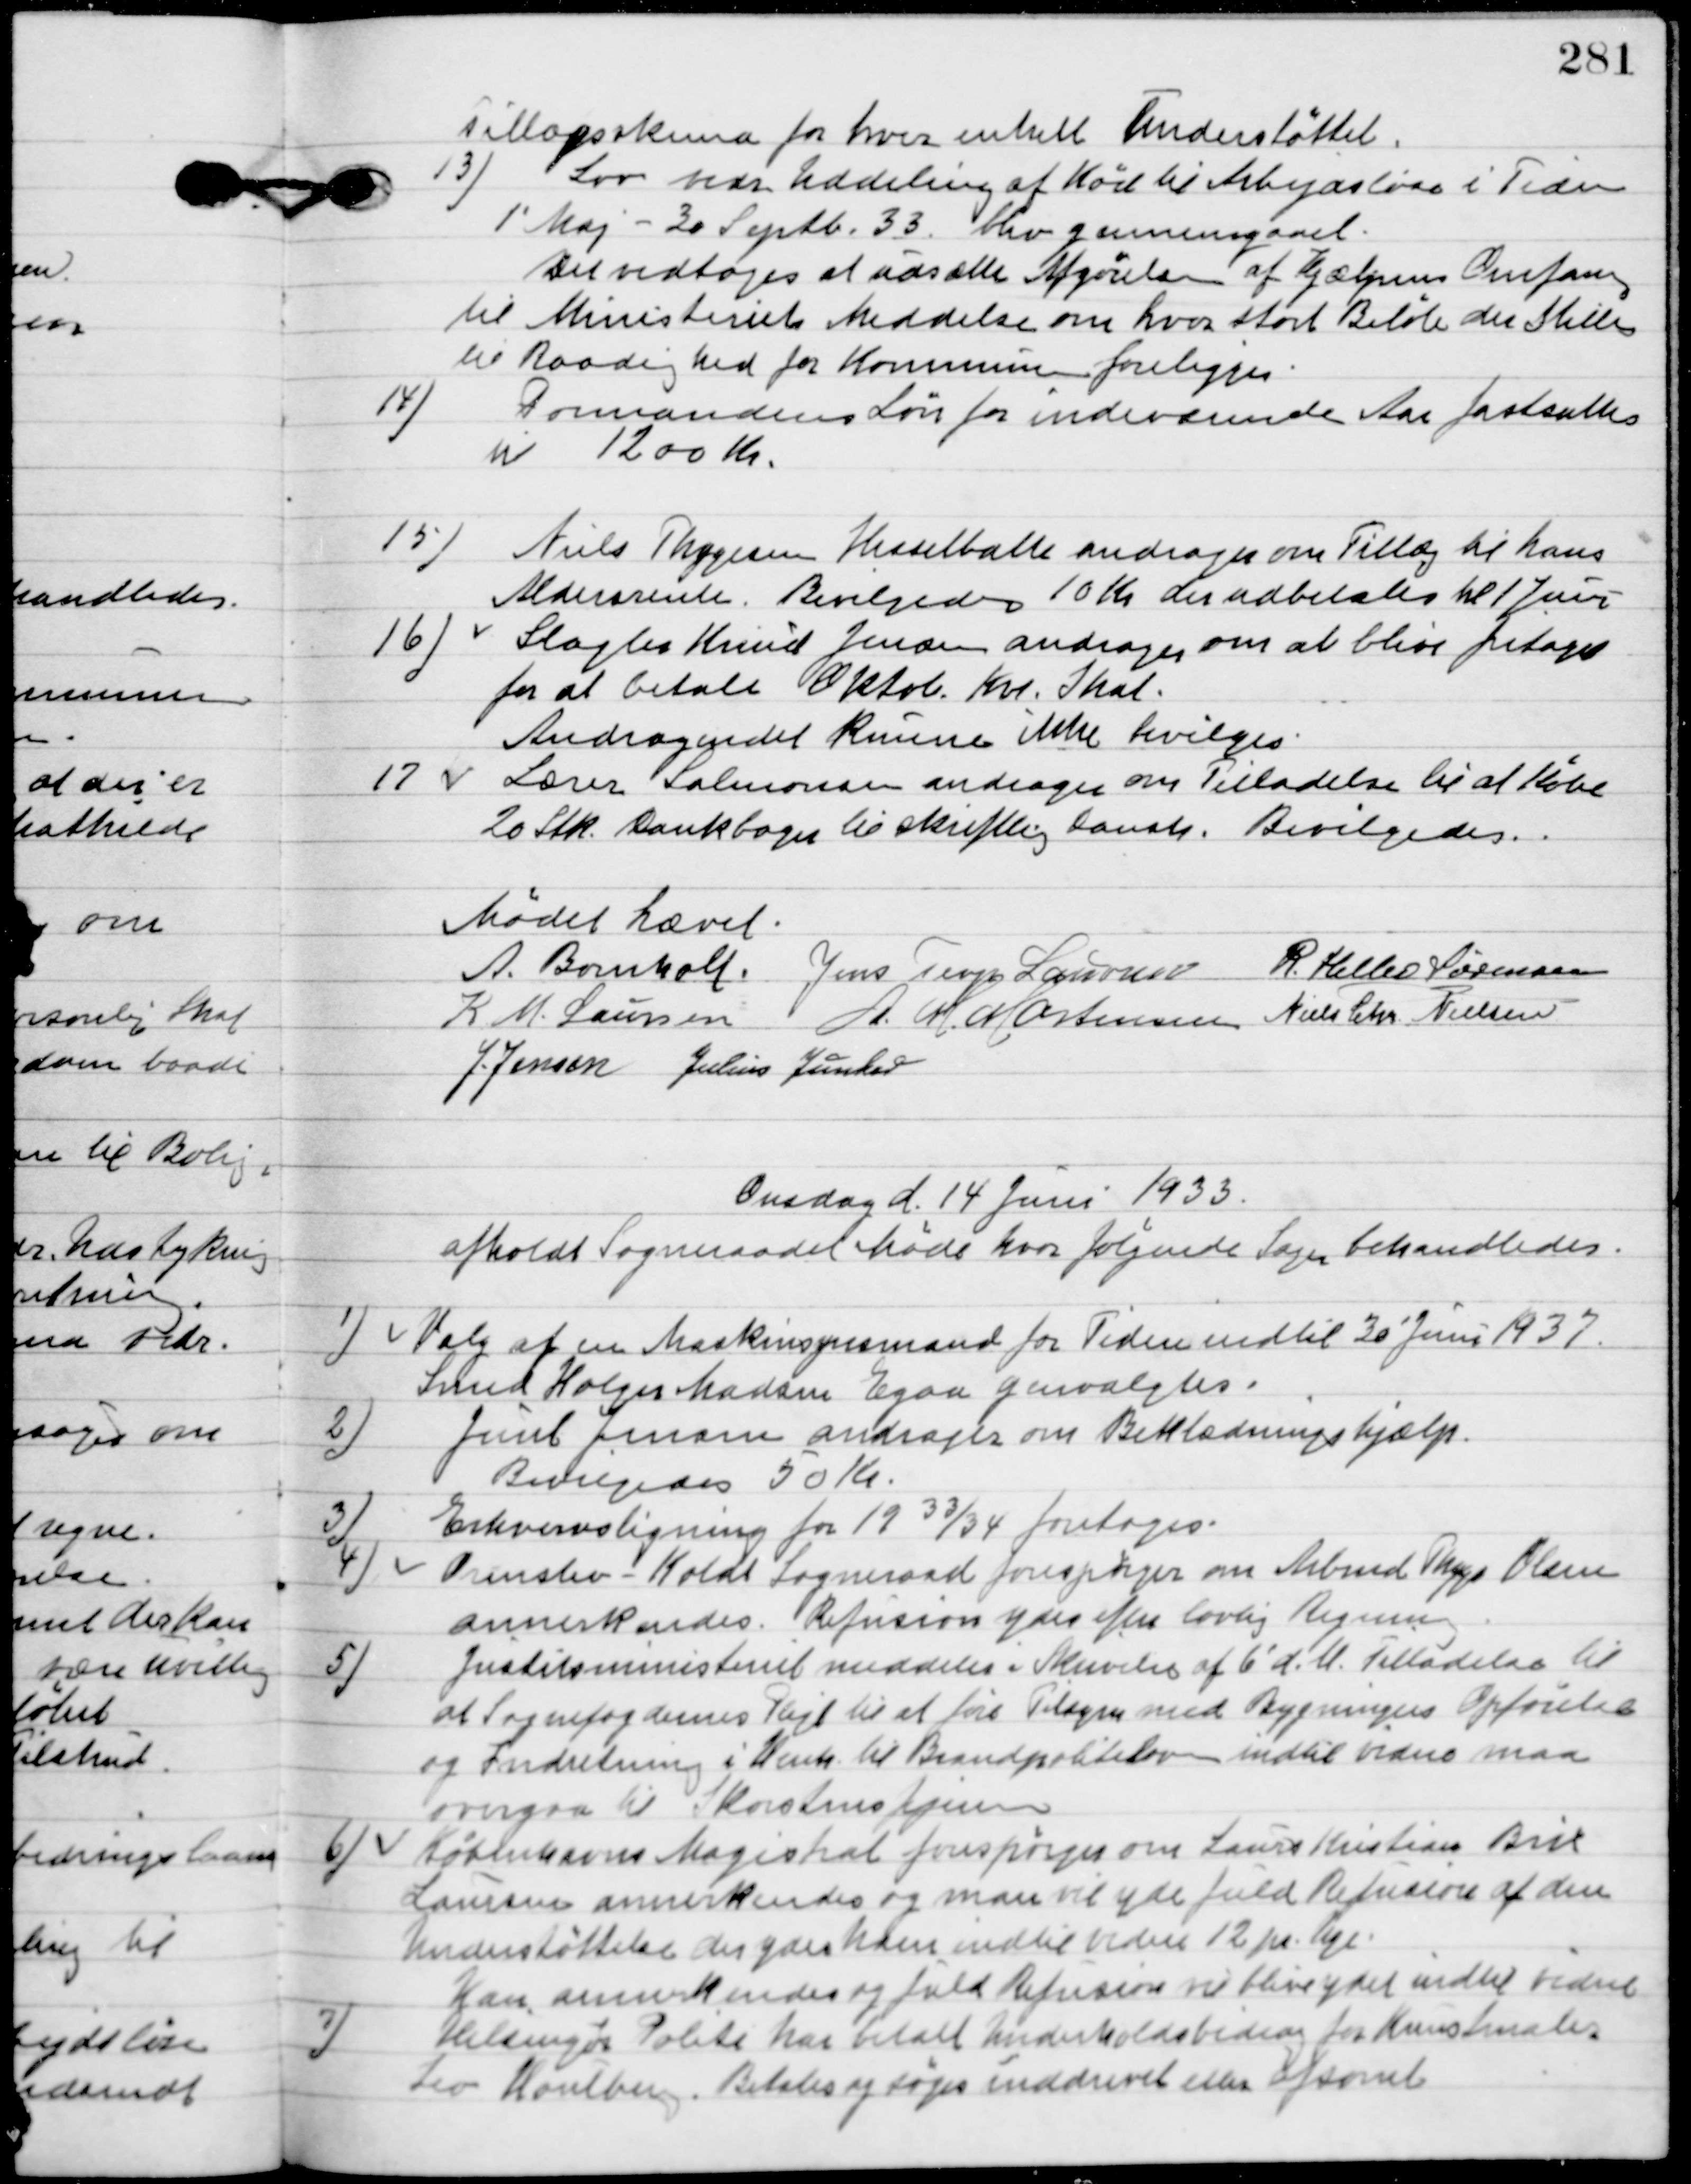
Transskription:
Villaskema for hver enkelt Understøttet.

13

Lov vedr. Uddeling af Kød til Arbejdsløse i Tiden
1´Maj-30 Septb. 33. blev gennemgaaet.
Det vedtoges at udsætte Afgørelsen af Hjælpens Omfang
til Ministeriets Meddelelse om hvor stort Beløb der Stilles
til Raadighed for Kommunen foreligger.

14

Domsmandens Løn for indeværende Aar fastsættes
til 1200 Kr.

15

Niels Thygesen Hesselballe andrager om Tillæg til hans
Aldersrente.
Bevilgedes 10 Kr. der udbetales til Juni.

16

Slagter Knud Jensen andrager om at blive fritaget
for at betale Oktob. Kvt. Skat.
Andragendet Kunne ikke bevilgedes.

17

Lærer Salmonsen andrager om tilladelse til at købe
20 Stk. Danskbøger til skriftlig Dansk.
Bevilgedes.

Mødet hævet.

A. Bomholt
Jens Terp Laursen
R. Helbo Sørensen
K. M. Laursen
A. M. Mortensen
Niels Chr. Nielsen
Jens Jensen
Julius Junker.

Onsdag d. 14 Juni 1933
afholdt Sogneraadet Møde hvor følgende Sager behandledes.

1

Valg af en Maskinsynsmand for Tiden indtil 30´ Juni 1937.
Svend Holger Madsen Egaa genvalgtes.

2

Juul Jemane andrager om Beklædningshjælp.
Bevilgedes 50 Kr.

3

Erhvervsligning for 1933/34 foretoges.

4.

Ormslev-Koldt Sogneraad forespørger om Arbmd. Thyge Olsen
annerkendes.
Refusion ydes efter lovlig Regning.

5.

Justitsministeriet meddeler i Skrivelse af 6´d. M. tilladelse til
at Sognefogedernes Pligt til at føre Tilsyn med Bygningers Opførelse
og Indretning i henh. til Brandpolitiloven indtil videre maa
overgaa til Karsten Jensen.

6.

Københavns Magistrat forespørger om Laura Kristian Brix
Laursen annerkendes og man vil yde fuld Refusion af den
Understøttelse der ydes ham indtil videre 12 pr. uge.
Han annerkendes og fuld Refusion vil blive ydet indtil videre.

7

Helsingør Politi har betalt Underholdsbidrag for Kunshandler
Leo Houlberg. 
Betales og søges inddrevet eller afsonet.